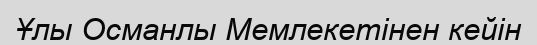
Ұлы Османлы Мемлекетінен кейін